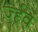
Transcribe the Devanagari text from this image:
र्ज्हेव